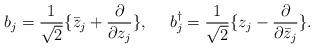
LaTeX: \begin{align*}b_j= { 1 \over \sqrt 2}\{ \bar z_j + {\partial \over \partial z_j}\},~~~~ b^{\dagger}_j= { 1 \over \sqrt 2}\{ z_j - {\partial \over \partial \bar z_j}\}.\end{align*}